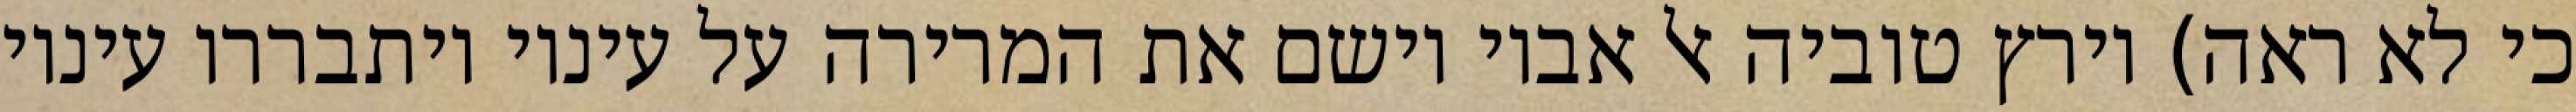
כי לא ראה) וירץ טוביה אל אביו וישם את המרירה על עיניו ויתבררו עיניו